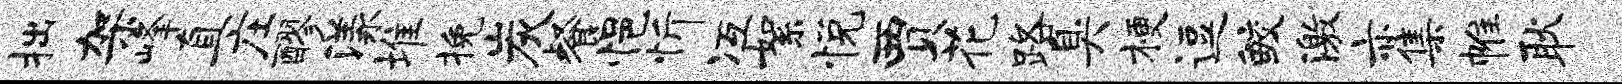
拙架峰直庄醪漾堆挽炭餐悒忻冱絮悦贾花路臭梗逗鲛激亦集帷耿